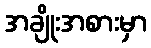
အချိုးအစားမှာ